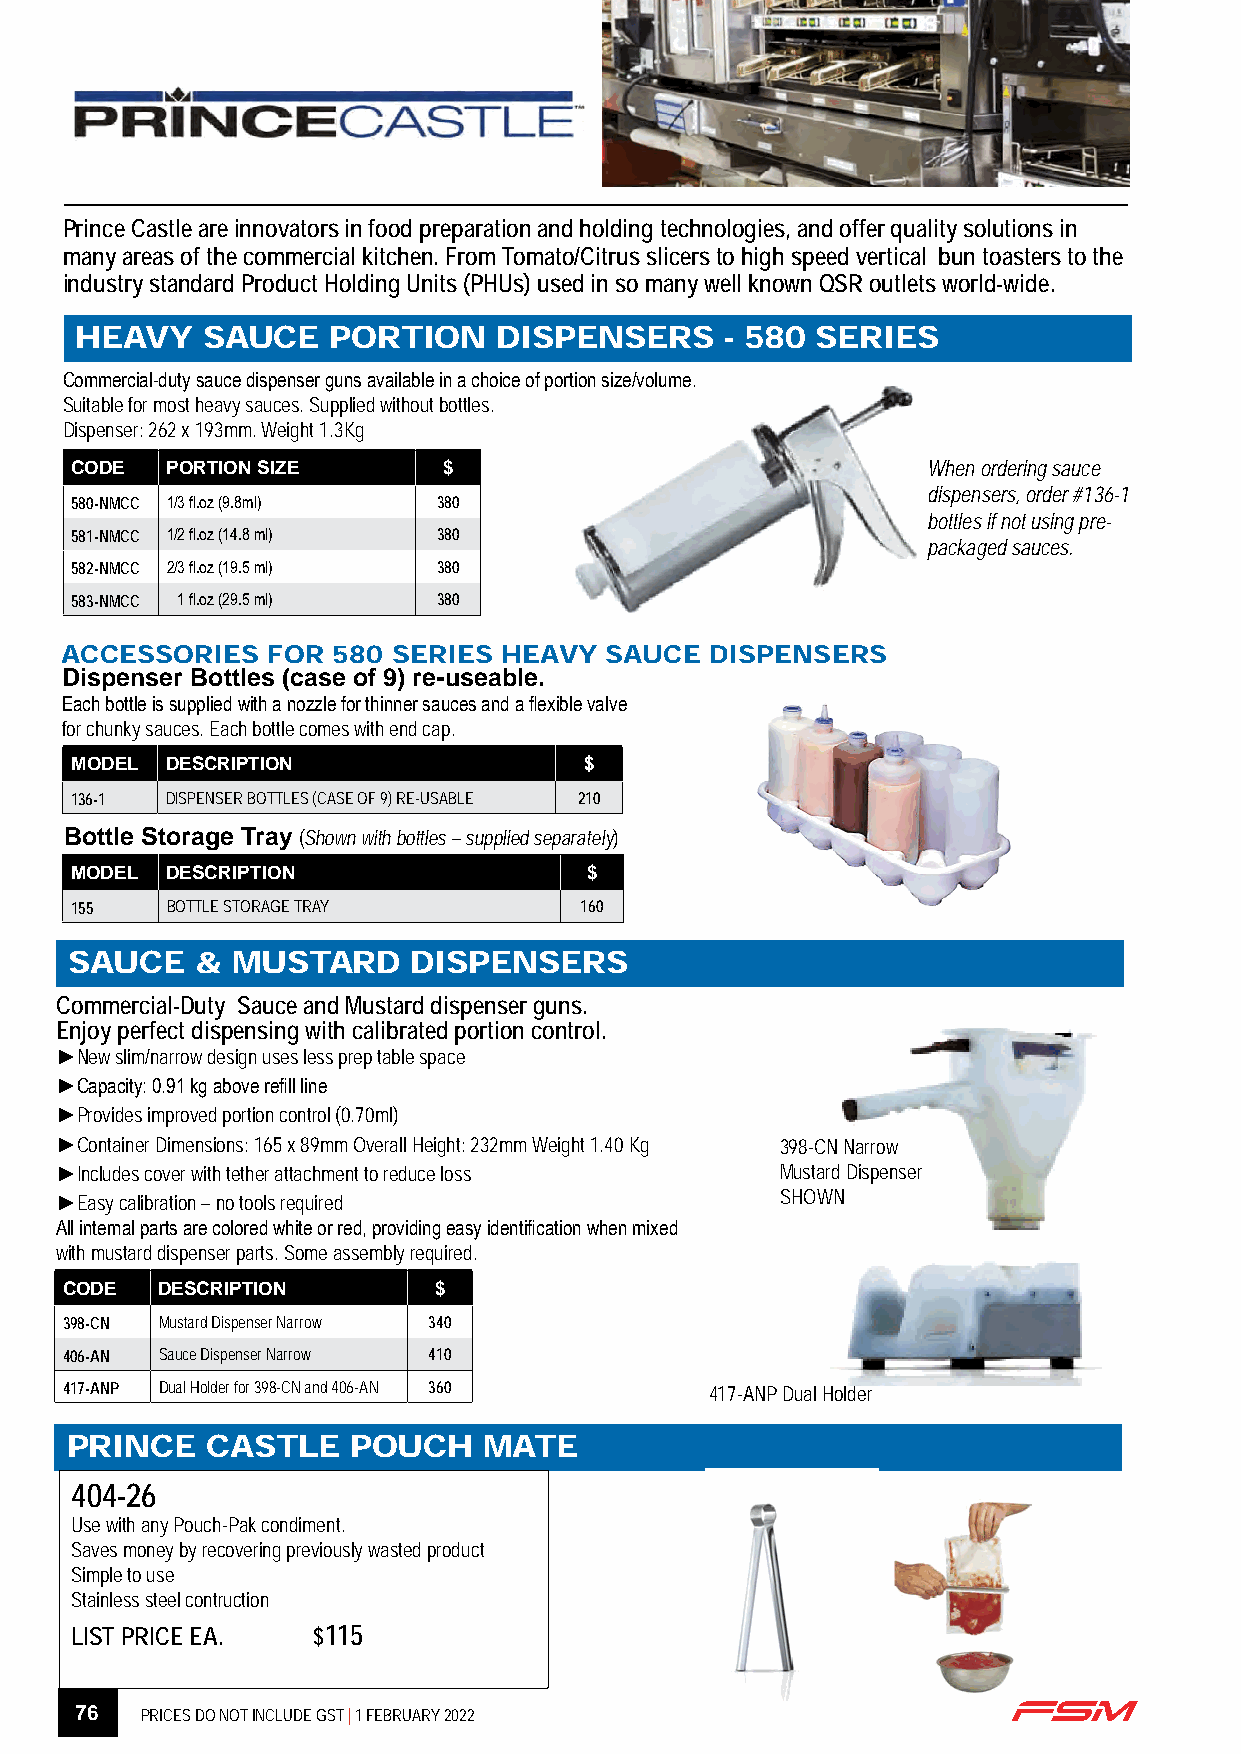
Prince Castle are innovators in food preparation and holding technologies, and offer quality solutions in
 many areas of the commercial kitchen. From Tomato/Citrus slicers to high speed vertical bun toasters to the
 industry standard Product Holding Units (PHUs) used in so many well known QSR outlets world-wide.
 HEAVY   SAUCE    PORTION    DISPENSERS     - 580 SERIES
 Commercial-duty sauce dispenser guns available in a choice of portion size/volume.
 Suitable for most heavy sauces. Supplied without bottles.
 Dispenser: 262 x 193mm. Weight 1.3Kg
 CODE  PORTION SIZE      $                               When ordering sauce
 dispensers, order #136-1
 580-NMCC 1/3 fl.oz (9.8ml) 380
 bottles if not using pre-
 581-NMCC 1/2 fl.oz (14.8 ml) 380
 packaged sauces.
 582-NMCC 2/3 fl.oz (19.5 ml) 380
 583-NMCC 1 fl.oz (29.5 ml) 380
 ACCESSORIES   FOR 580 SERIES HEAVY  SAUCE  DISPENSERS
 Dispenser Bottles (case of 9) re-useable.
 Each bottle is supplied with a nozzle for thinner sauces and a flexible valve
 for chunky sauces. Each bottle comes with end cap.
 MODEL DESCRIPTION                 $
 136-1 DISPENSER BOTTLES (CASE OF 9) RE-USABLE 210
 Bottle Storage Tray (Shown with bottles – supplied separately)
 MODEL DESCRIPTION                 $
 155   BOTTLE STORAGE TRAY        160
 SAUCE   & MUSTARD     DISPENSERS
 Commercial-Duty Sauce and Mustard dispenser guns.
 Enjoy perfect dispensing with calibrated portion control.
 ►New slim/narrow design uses less prep table space
 ►Capacity: 0.91 kg above refill line
 ►Provides improved portion control (0.70ml)
 ►Container Dimensions: 165 x 89mm Overall Height: 232mm Weight 1.40 Kg 398-CN Narrow
 ►Includes cover with tether attachment to reduce loss Mustard Dispenser
 ►Easy calibration – no tools required           SHOWN
 All internal parts are colored white or red, providing easy identification when mixed
 with mustard dispenser parts. Some assembly required.
 CODE   DESCRIPTION       $
 398-CN Mustard Dispenser Narrow 340
 406-AN Sauce Dispenser Narrow 410
 417-ANP Dual Holder for 398-CN and 406-AN 360 417-ANP Dual Holder
 PRINCE    CASTLE   POUCH    MATE
 404-26
 Use with any Pouch-Pak condiment.
 Saves money by recovering previously wasted product
 Simple to use
 Stainless steel contruction
 LIST PRICE EA.  $115
 76  PRICES DO NOT INCLUDE GST | 1 FEBRUARY 2022